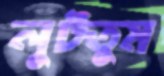
লুটতুম